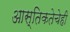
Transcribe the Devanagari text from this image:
आस्तिकतेचेही